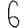
Digit: 6